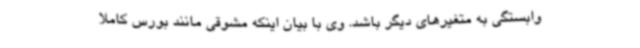
وابستگی به متغیرهای دیگر باشد. وی با بیان اینکه مشوقی مانند بورس کاملا